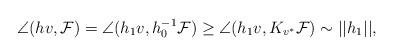
LaTeX: \begin{align*}\angle(hv,\mathcal{F})= \angle(h_1v,h_0^{-1}\mathcal{F})\geq \angle(h_1v,K_{v^*}\mathcal{F})\sim ||h_1||,\end{align*}